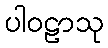
ပါဝဠာသု